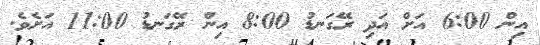
އިން 6:00 އަށް އަދި ރޭގަނޑު 8:00 އިން ރޭގަނޑު 11:00 އަށެވެ.